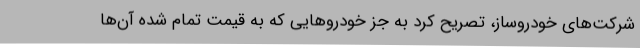
شرکت‌های خودروساز، تصریح کرد به جز خودروهایی که به قیمت تمام شده آن‌ها